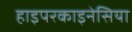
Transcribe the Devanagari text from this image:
हाइपरकाइनेसिया